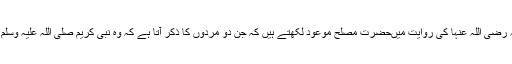
حضرت عائشہ رضی اللہ عنہا کی روایت میںحضرت مصلح موعودؓ لکھتے ہیں کہ جن دو مردوں کا ذکر آتا ہے کہ وہ نبی کریم صلی اللہ علیہ وسلم کے پاس آئے۔